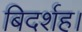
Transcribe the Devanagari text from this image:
बिदर्शह।